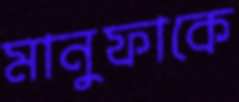
মানুফাকে